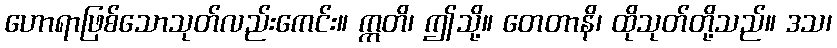
ဟောရာဖြစ်သောသုတ်လည်းကေင်း။ ဣတိ၊ ဤသို့။ တေတာနိ၊ ထိုသုတ်တို့သည်။ ဒသ၊